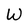
Character: W